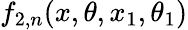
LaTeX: f_{2,n}(x,\theta,x_{1},\theta_{1})